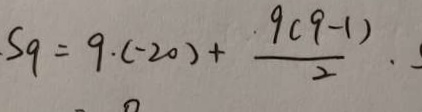
S _ { 9 } = 9 \cdot ( - 2 0 ) + \frac { 9 ( 9 - 1 ) } { 2 } .